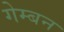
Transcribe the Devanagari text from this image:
गेम्बन